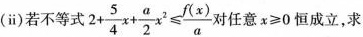
(ii)若不等式 $$2+\frac{5}{4}x+\frac{a}{2}x^{2}\leqslant \frac{f(x)}{a}$$对任意$$x\geqslant 0$$恒成立，求